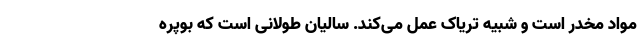
مواد مخدر است و شبیه تریاک عمل می‌کند. سالیان طولانی است که بوپره